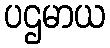
ပဌမာယ